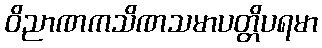
ဝိညာဏကသိဏသမာပတ္တိပရမာ